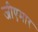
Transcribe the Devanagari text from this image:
जीएमार